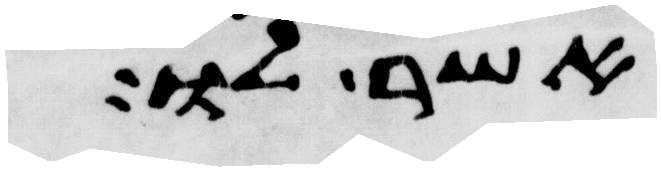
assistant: אשר לו